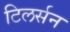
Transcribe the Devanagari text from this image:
टिलर्सन